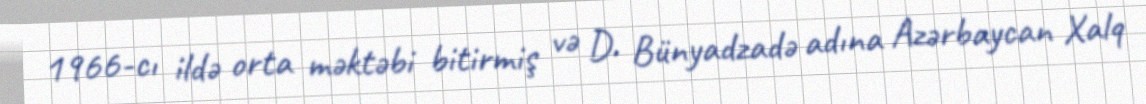
1966-cı ildə orta məktəbi bitirmiş və D. Bünyadzadə adına Azərbaycan Xalq